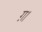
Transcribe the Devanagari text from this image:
ग़।